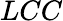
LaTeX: LCC